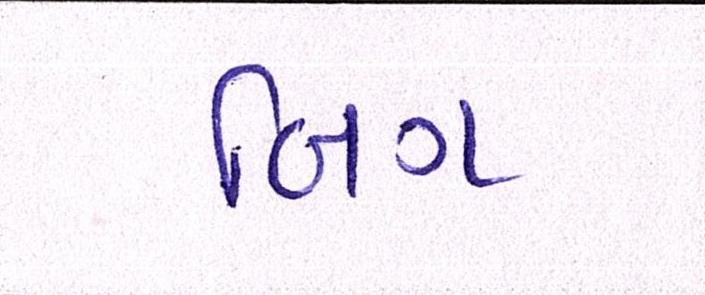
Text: બિગ